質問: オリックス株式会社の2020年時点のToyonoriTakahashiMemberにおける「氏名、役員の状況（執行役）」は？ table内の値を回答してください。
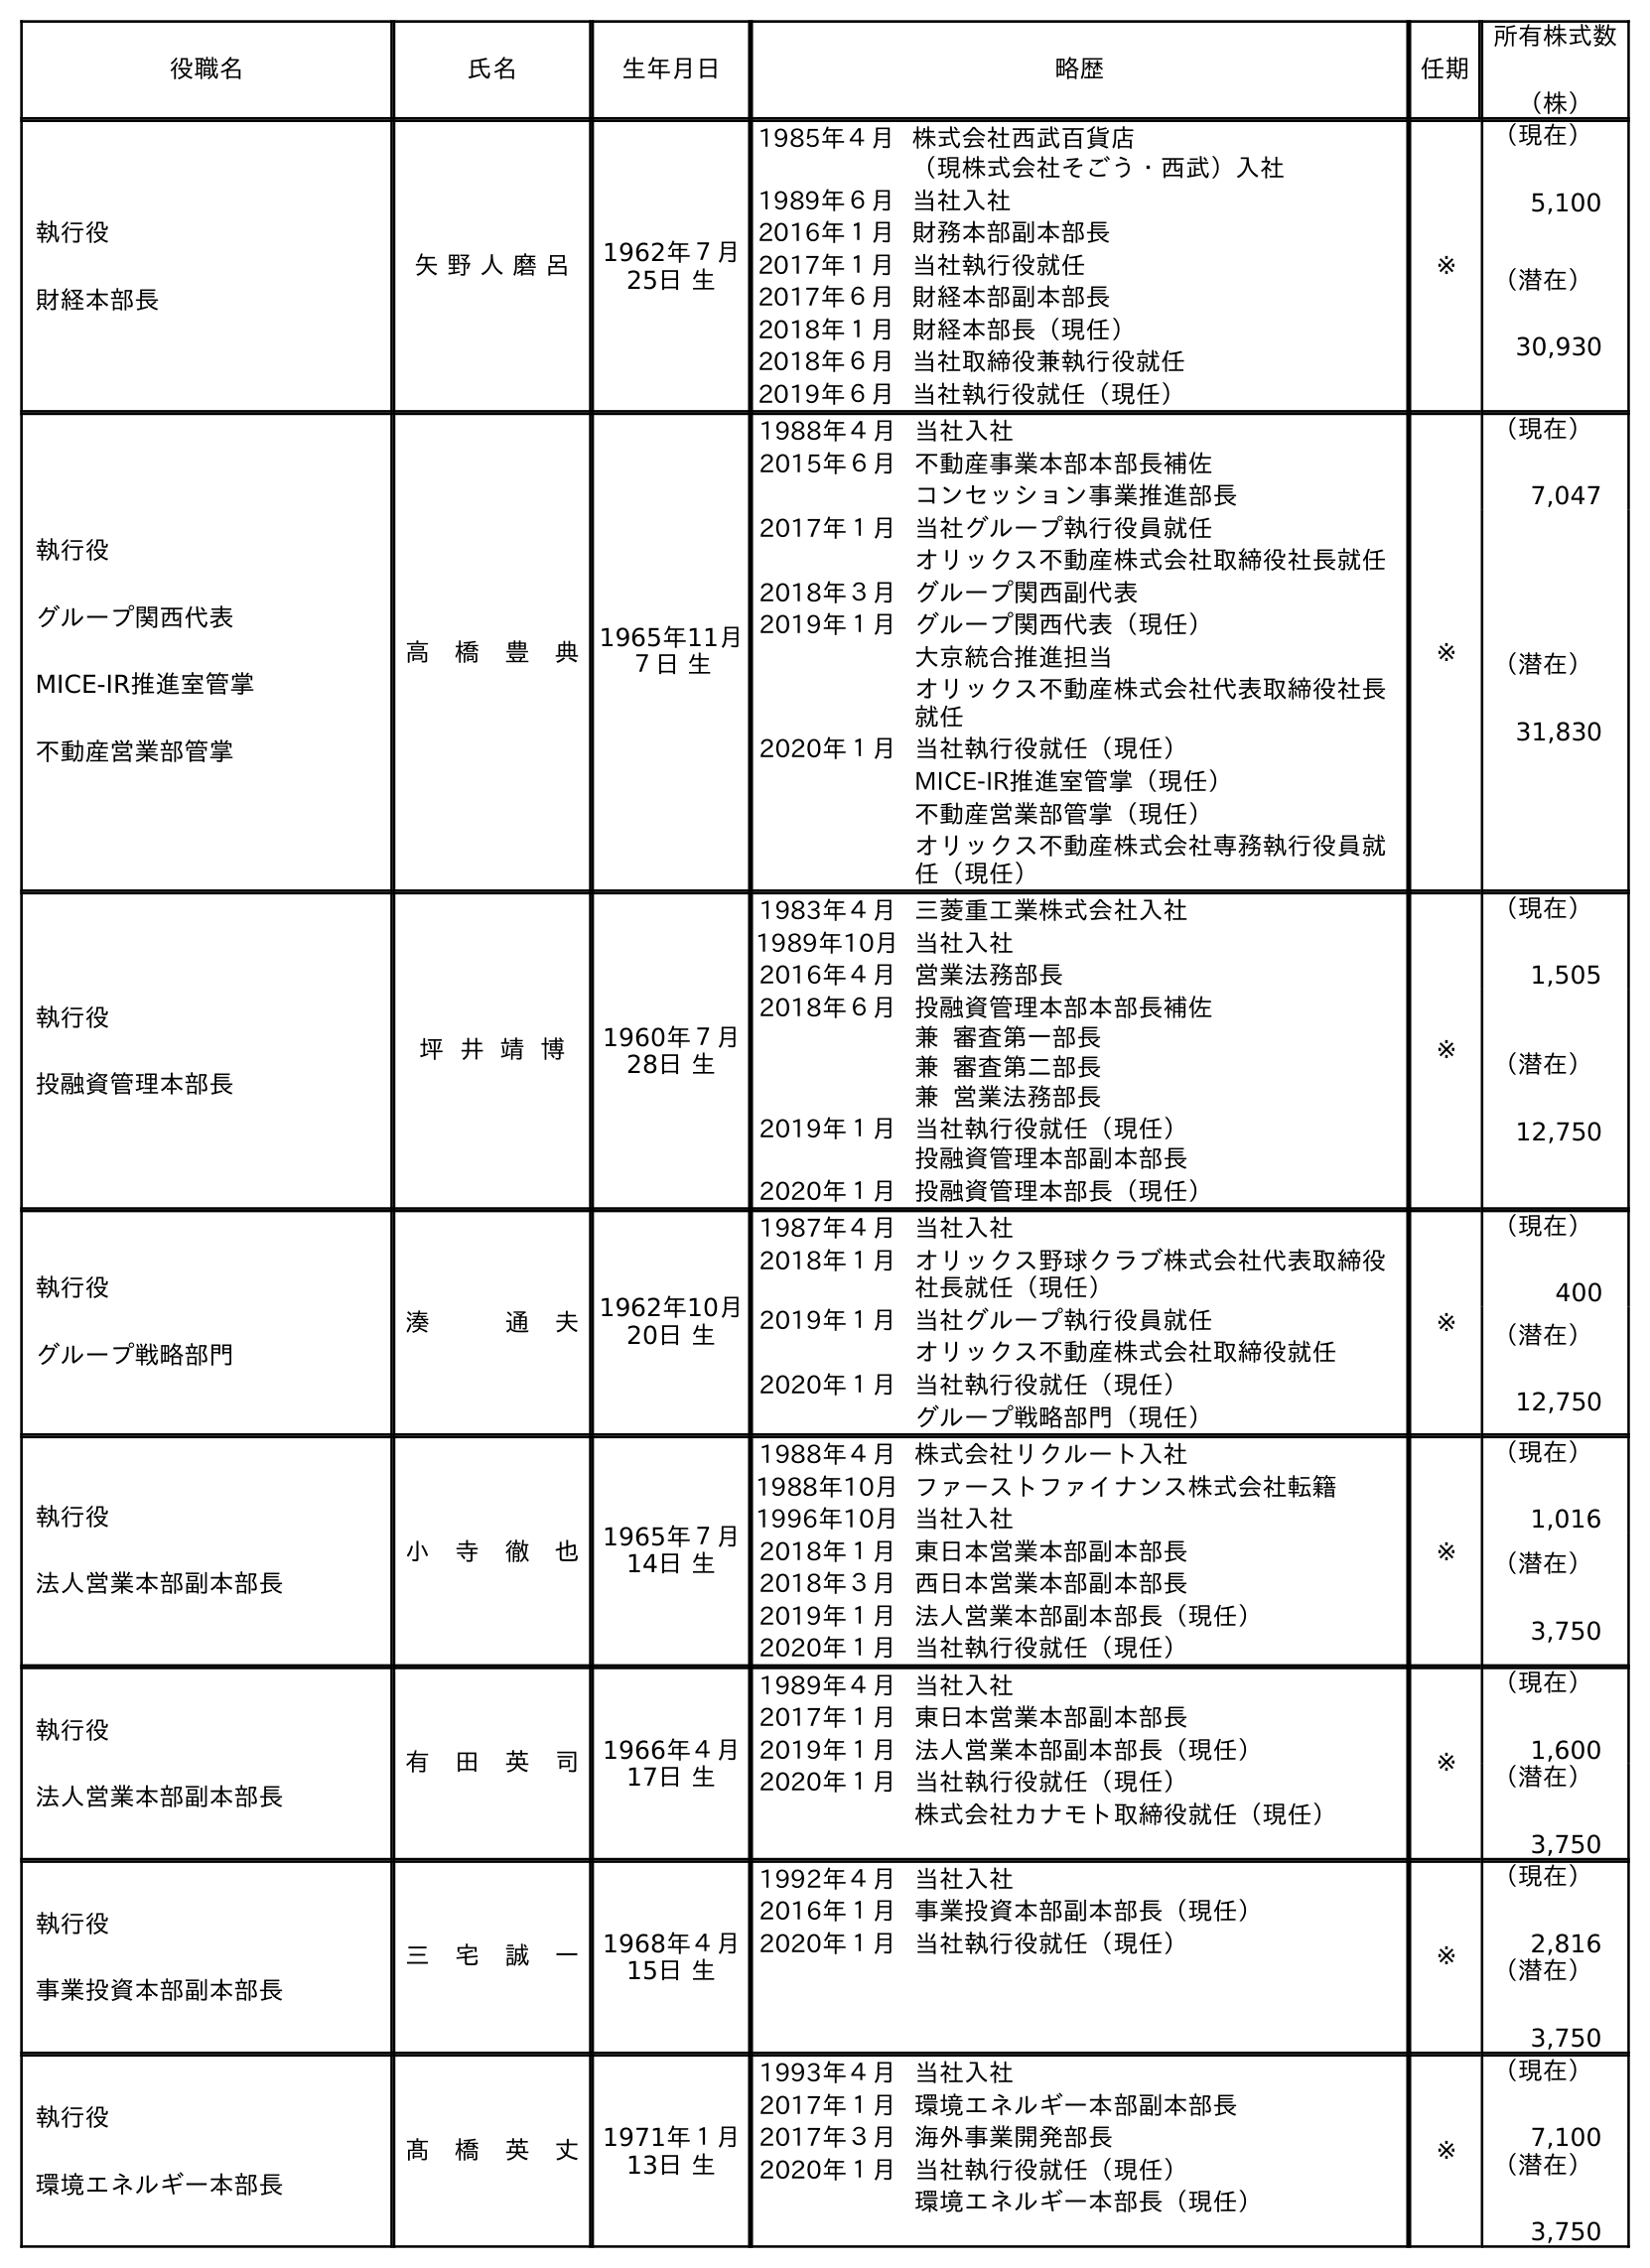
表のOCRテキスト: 役職名 氏名 生年月日 略歴 任期 所有株式数 （株） 執行役 財経本部長 矢 野 人 磨 呂 1962年７月 25日 生 1985年４月株式会社西武百貨店 （現株式会社そごう・西武）入社 1989年６月当社入社 2016年１月財務本部副本部長 2017年１月当社執行役就任 2017年６月財経本部副本部長 2018年１月財経本部長（現任） 2018年６月当社取締役兼執行役就任 2019年６月当社執行役就任（現任） ※ （現在） 5,100 （潜在） 30,930 執行役 グループ関西代表 MICE-IR推進室管掌 不動産営業部管掌 高 橋 豊 典 1965年11月 ７日 生 1988年４月当社入社 2015年６月不動産事業本部本部長補佐 コンセッション事業推進部長 2017年１月当社グループ執行役員就任 オリックス不動産株式会社取締役社長就任 2018年３月グループ関西副代表 2019年１月グループ関西代表（現任） 大京統合推進担当 オリックス不動産株式会社代表取締役社長 就任 2020年１月当社執行役就任（現任） MICE-IR推進室管掌（現任） 不動産営業部管掌（現任） オリックス不動産株式会社専務執行役員就 任（現任） ※ （現在） 7,047 （潜在） 31,830 執行役 投融資管理本部長 坪 井 靖 博 1960年７月 28日 生 1983年４月三菱重工業株式会社入社 1989年10月当社入社 2016年４月営業法務部長 2018年６月投融資管理本部本部長補佐 兼 審査第一部長 兼 審査第二部長 兼 営業法務部長 2019年１月当社執行役就任（現任） 投融資管理本部副本部長 2020年１月投融資管理本部長（現任） ※ （現在） 1,505 （潜在） 12,750 執行役 グループ戦略部門 湊   通 夫 1962年10月 20日 生 1987年４月当社入社 2018年１月オリックス野球クラブ株式会社代表取締役 社長就任（現任） 2019年１月当社グループ執行役員就任 オリックス不動産株式会社取締役就任 2020年１月当社執行役就任（現任） グループ戦略部門（現任） ※ （現在） 400 （潜在） 12,750 執行役 法人営業本部副本部長 小 寺 徹 也 1965年７月 14日 生 1988年４月株式会社リクルート入社 1988年10月ファーストファイナンス株式会社転籍 1996年10月当社入社 2018年１月東日本営業本部副本部長 2018年３月西日本営業本部副本部長 2019年１月法人営業本部副本部長（現任） 2020年１月当社執行役就任（現任） ※ （現在） 1,016 （潜在） 3,750 執行役 法人営業本部副本部長 有 田 英 司 1966年４月 17日 生 1989年４月当社入社 2017年１月東日本営業本部副本部長 2019年１月法人営業本部副本部長（現任） 2020年１月当社執行役就任（現任） 株式会社カナモト取締役就任（現任） ※ （現在） 1,600 （潜在） 3,750 執行役 事業投資本部副本部長 三 宅 誠 一 1968年４月 15日 生 1992年４月当社入社 2016年１月事業投資本部副本部長（現任） 2020年１月当社執行役就任（現任） ※ （現在） 2,816 （潜在） 3,750 執行役 環境エネルギー本部長 髙 橋 英 丈 1971年１月 13日 生 1993年４月当社入社 2017年１月環境エネルギー本部副本部長 2017年３月海外事業開発部長 2020年１月当社執行役就任（現任） 環境エネルギー本部長（現任） ※ （現在） 7,100 （潜在） 3,750
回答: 高　橋　豊　典